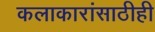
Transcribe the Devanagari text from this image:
कलाकारांसाठीही